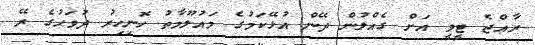
ރާއްޖެ ޓީވީ އަށް ގެއްލުން ދޭން އުޅޭކަމުގެ މައުލޫމާތު ހޮނިހިރު ދުވަހުގެ ރޭ